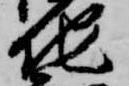
地